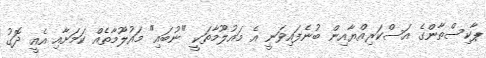
ޕާކިސްތާންގެ އަސްކަރިއްޔާއިން ބުނެފައިވަނީ އެ މައުލޫމާތަކީ "ނުބައި" މައުލޫމާތެއް ކަމަށާއި އެއީ ދޮގު